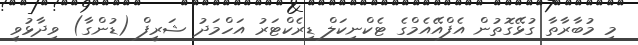
މި މުބާރާތާ ގުޅޭގޮތުން އެފްއޭއެމްގެ ޓެކްނިކަލް ޑިރެކްޓަރު އަހްމަދު ޝަރީފް (ޑުންގާ) ވިދާޅުވީ